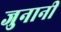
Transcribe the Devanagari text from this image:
जुनानी